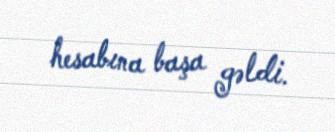
hesabına başa gəldi.